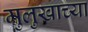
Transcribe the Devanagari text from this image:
मुलुखाच्या